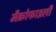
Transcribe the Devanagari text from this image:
मैक्रोफाइली